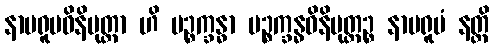
နာမရူပဝိနိမုတ္တာ ဟိ ပဉ္စက္ခန္ဓာ ပဉ္စက္ခန္ဓဝိနိမုတ္တဉ္စ နာမရူပံ နတ္ထိ